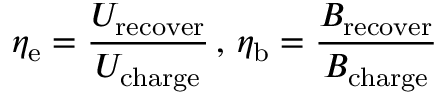
\eta _ { \mathrm { e } } = \frac { U _ { \mathrm { r e c o v e r } } } { U _ { \mathrm { c h a r g e } } } \, , \, \eta _ { \mathrm { b } } = \frac { B _ { \mathrm { r e c o v e r } } } { B _ { \mathrm { c h a r g e } } }